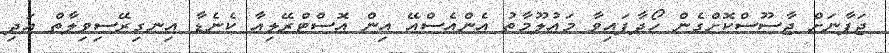
ޖަޕާނަށް ޖާސޫސްކޮށްގެން ހޯދާފައިވާ މައުލޫމާތު އެންއެސްއޭ އިން އޮސްޓްރޭލިއާ ކެނެޑާ އިނގިރޭސިވިލާތް އަދި